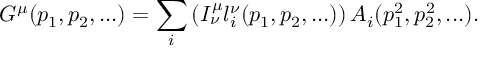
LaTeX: G ^ { \mu } ( p _ { 1 } , p _ { 2 } , . . . ) = \sum _ { i } \left( I _ { \nu } ^ { \mu } l _ { i } ^ { \nu } ( p _ { 1 } , p _ { 2 } , . . . ) \right) A _ { i } ( p _ { 1 } ^ { 2 } , p _ { 2 } ^ { 2 } , . . . ) .